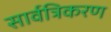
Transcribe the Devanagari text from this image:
सार्वत्रिकरण